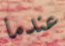
عندما